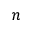
n